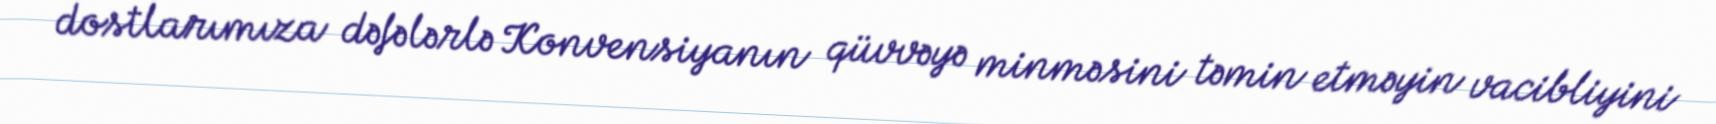
dostlarımıza dəfələrlə Konvensiyanın qüvvəyə minməsini təmin etməyin vacibliyini